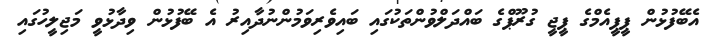
އެބޭފުޅުން ޕީޕީއެމްގެ ޕީޖީ ގުރޫޕްގެ ބައްދަލްވުންތަކުގައި ބައިވެރިވަމުންނުދާއިރު އެ ބޭފުޅުން ވިދާޅުވީ މަޖިލީހުގައި